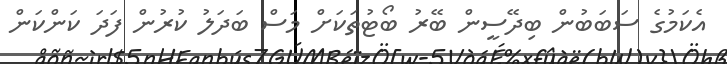
އެކަމުގެ ސަބަބުން ބިދޭސީން ބޭރު ބޯޓުތަކަށް މަސް ބަދަލު ކުރުން ފަދަ ކަންކަން